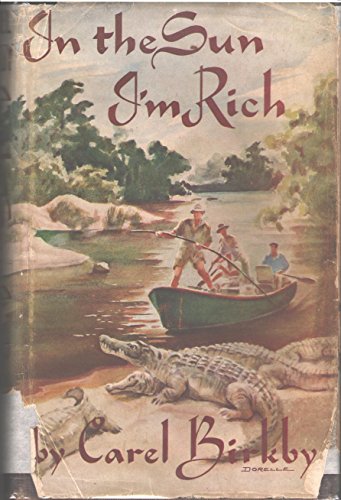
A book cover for In the sun I'm rich; Carel Birkby; Travel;